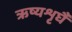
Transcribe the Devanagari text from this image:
ऋष्यशृर्घैं